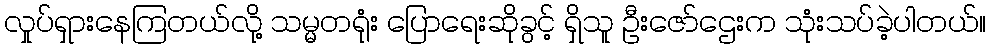
လှုပ်ရှားနေကြတယ်လို့ သမ္မတရုံး ပြောရေးဆိုခွင့် ရှိသူ ဦးဇော်ဌေးက သုံးသပ်ခဲ့ပါတယ်။